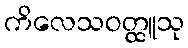
ကိလေသဝတ္ထူသု